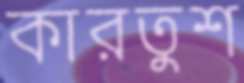
কারতুশ